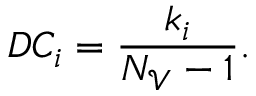
D C _ { i } = \frac { k _ { i } } { N _ { \mathscr { V } } - 1 } .